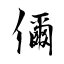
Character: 儞